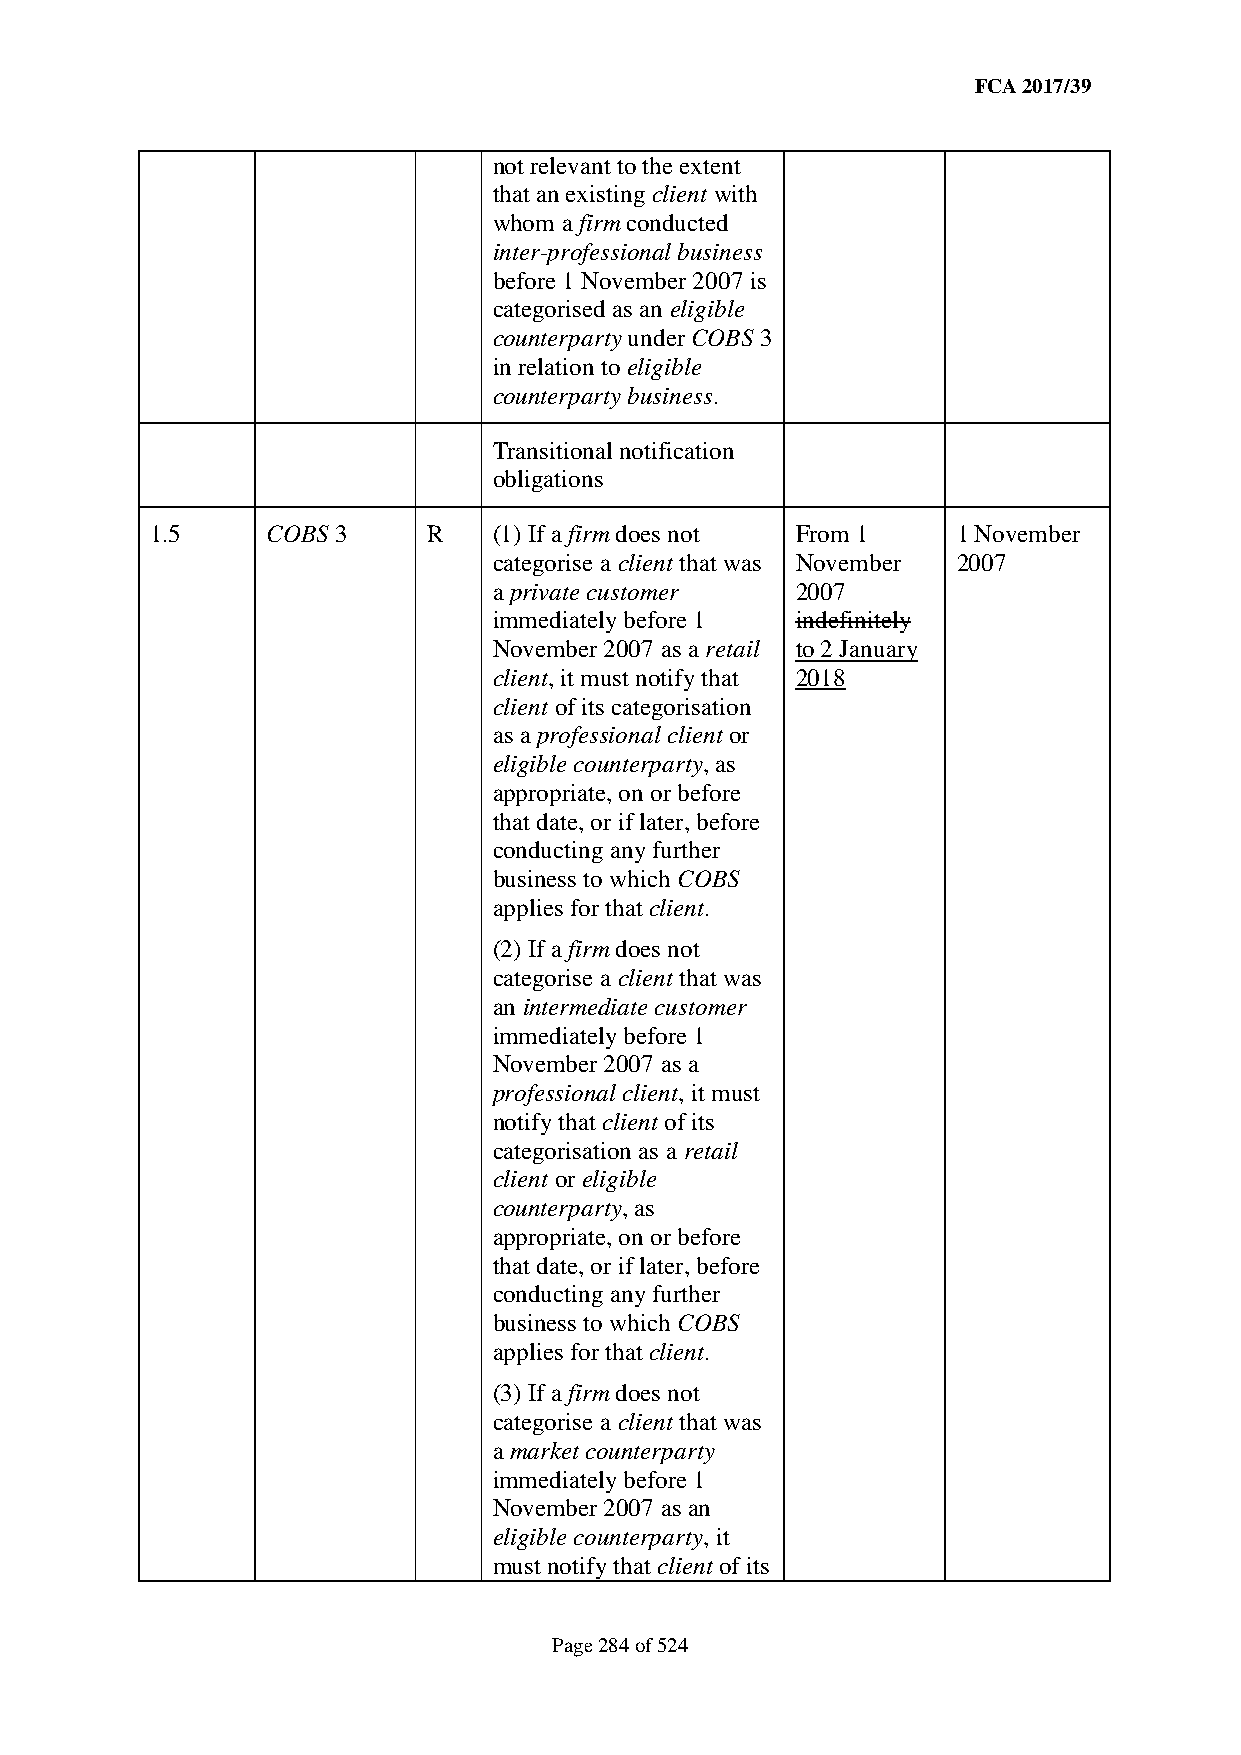
FCA 2017/39
 not relevant to the extent
 that an existing client with
 whom a firm conducted
 inter-professional business
 before 1 November 2007 is
 categorised as an eligible
 counterparty under COBS 3
 in relation to eligible
 counterparty business.
 Transitional notification
 obligations
 1.5     COBS 3    R    (1) If a firm does not From 1 1 November
 categorise a client that was November 2007
 a private customer  2007
 immediately before 1 indefinitely
 November 2007 as a retail to 2 January
 client, it must notify that 2018
 client of its categorisation
 as a professional client or
 eligible counterparty, as
 appropriate, on or before
 that date, or if later, before
 conducting any further
 business to which COBS
 applies for that client.
 (2) If a firm does not
 categorise a client that was
 an intermediate customer
 immediately before 1
 November 2007 as a
 professional client, it must
 notify that client of its
 categorisation as a retail
 client or eligible
 counterparty, as
 appropriate, on or before
 that date, or if later, before
 conducting any further
 business to which COBS
 applies for that client.
 (3) If a firm does not
 categorise a client that was
 a market counterparty
 immediately before 1
 November 2007 as an
 eligible counterparty, it
 must notify that client of its
 Page 284 of 524